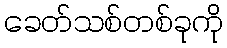
ခေတ်သစ်တစ်ခုကို